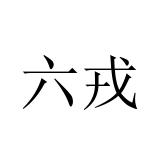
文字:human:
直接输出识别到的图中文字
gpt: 六戎